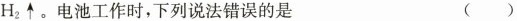
H _ { 2 } \uparrow$$。电池工作时，下列说法错误的是 ()